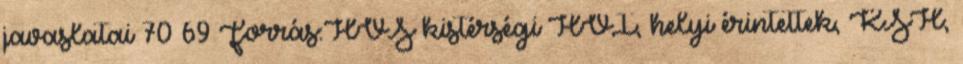
javaslatai 70 69 Forrás:HVS kistérségi HVI, helyi érintettek, KSH,